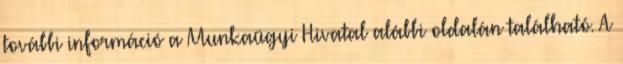
további információ a Munkaügyi Hivatal alábbi oldalán található. A